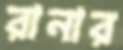
রানার